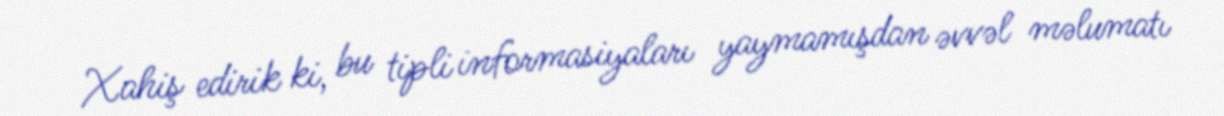
Xahiş edirik ki, bu tipli informasiyaları yaymamışdan əvvəl məlumatı